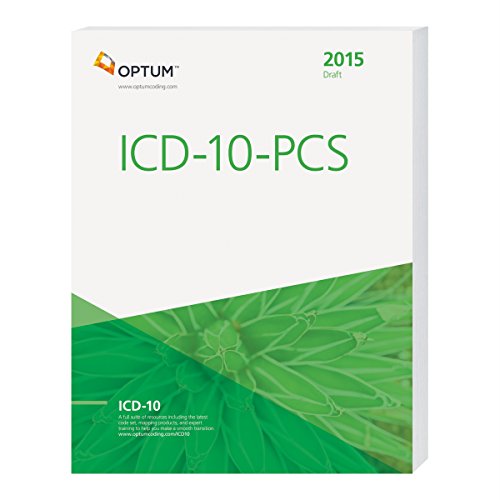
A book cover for ICD-10-PCS Draft - 2015; Optum360; Medical Books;